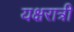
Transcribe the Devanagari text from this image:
यक्षरात्री